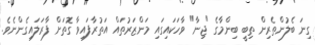
ގިނަ ބެލުންތެރިން ތިބީ ބިންމާގެ "ޖިނާ" ވާހަކައިގައި މަންޒަރުތައް އަތުރާފައިވާ ގޮތަށް ފާރަލައިގެންނެވެ.